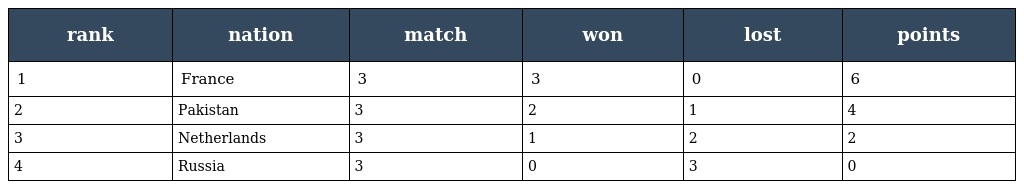
| rank | nation | match | won | lost | points |
 | --- | --- | --- | --- | --- | --- |
 | 1 | France | 3 | 3 | 0 | 6 |
 | 2 | Pakistan | 3 | 2 | 1 | 4 |
 | 3 | Netherlands | 3 | 1 | 2 | 2 |
 | 4 | Russia | 3 | 0 | 3 | 0 |